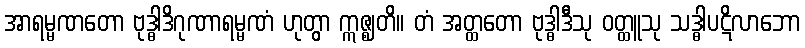
အာရမ္မဏတော ဗုဒ္ဓါဒိဂုဏာရမ္မဏံ ဟုတွာ ဣဇ္ဈတိ။ တံ အတ္ထတော ဗုဒ္ဓါဒီသု ဝတ္ထူသု သဒ္ဓါပဋိလာဘော